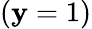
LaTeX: (\mathbf{y}=1)